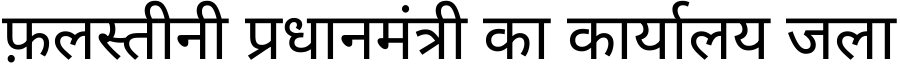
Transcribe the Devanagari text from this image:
फ़लस्तीनी प्रधानमंत्री का कार्यालय जला